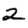
Digit: 2